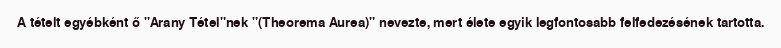
A tételt egyébként ő "Arany Tétel"nek "(Theorema Aurea)" nevezte, mert élete egyik legfontosabb felfedezésének tartotta.